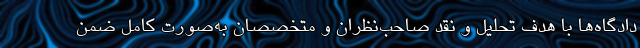
دادگاه‌ها با هدف تحلیل و نقد صاحب‌نظران و متخصصان به‌صورت کامل ضمن